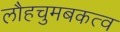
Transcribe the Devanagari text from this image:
लौहचुमबकत्व